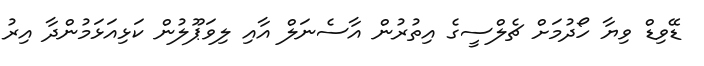
ޑޭވިޑް ވިޔާ ހޯދުމަށް ޗެލްސީގެ އިތުރުން އާސެނަލް އާއި ލިވަޕޫލުން ކަޅިއަޅަމުންދާ އިރު